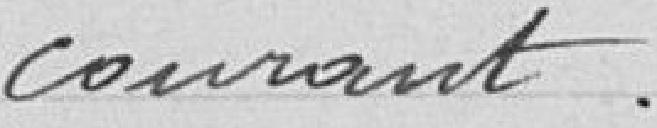
courant